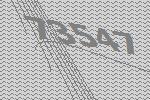
73547